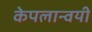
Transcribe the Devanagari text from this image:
केपलान्वयी